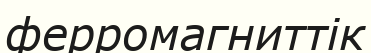
ферромагниттік